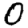
Digit: 0